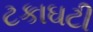
ટકાઘટી